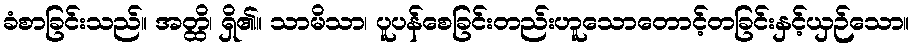
ခံစာခြင်းသည်။ အတ္ထိ၊ ရှိ၏။ သာမိသာ၊ ပူပန်စေခြင်းတည်းဟူသောတောင့်တခြင်းနှင့်ယှဉ်သော။